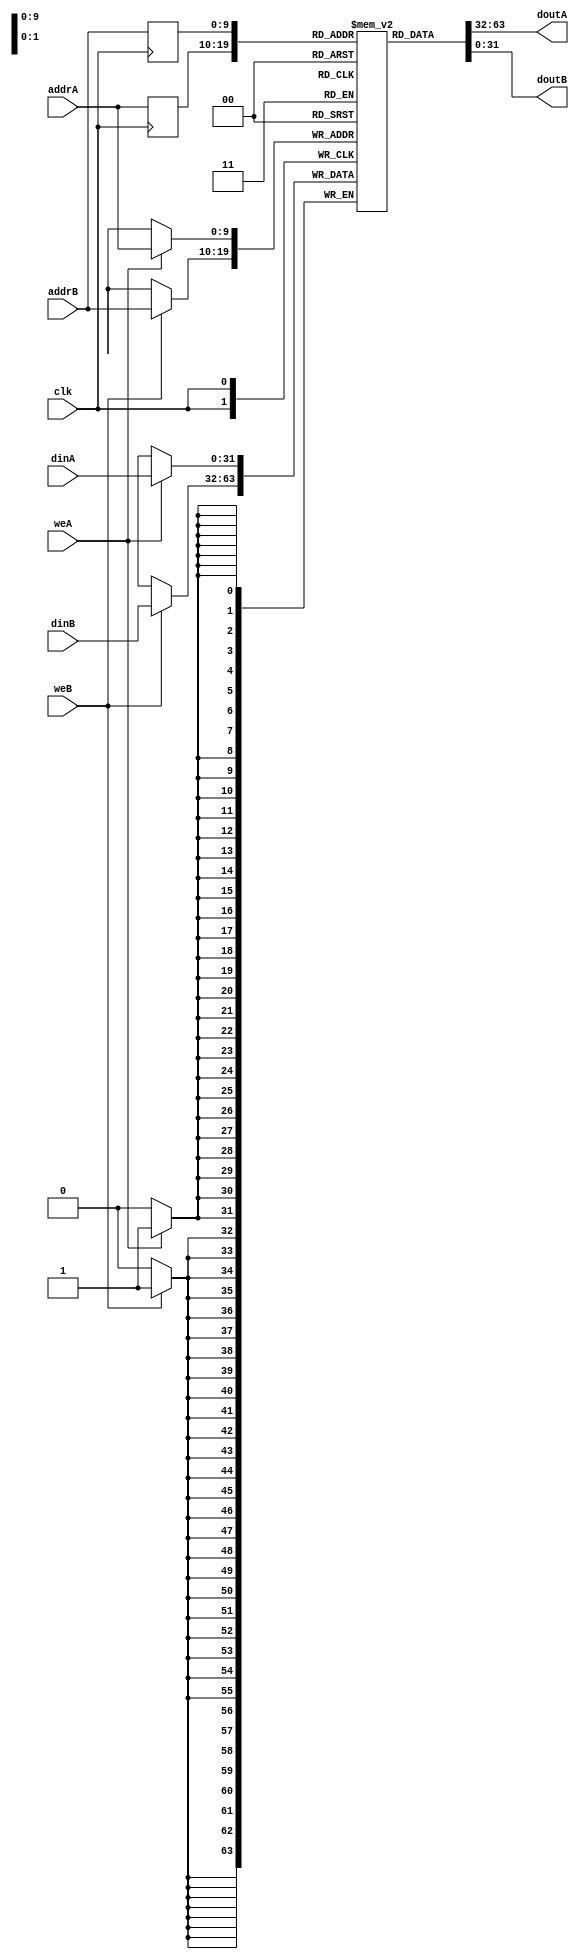
module ram_true_reg_addr_dp_1024x32_verilator (clk, weA, weB, addrA, addrB, dinA, dinB, doutA, doutB);
    input clk, weA, weB;
    input [9:0] addrA, addrB;
    input [31:0] dinA, dinB;
    output [31:0] doutA, doutB;
    
    reg [9:0] reg_addrA, reg_addrB;
    reg [31:0] ram [1023:0];
    always @(posedge clk)
    begin
        if (weA)
            ram[addrA] <= dinA;
            reg_addrA <= addrA;
        if (weB)
            ram[addrB] <= dinB;
            reg_addrB <= addrB;
    end

    assign doutA = ram[reg_addrA];
    assign doutB = ram[reg_addrB];

endmodule